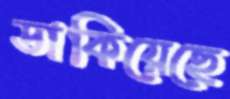
ডাকিয়েছে